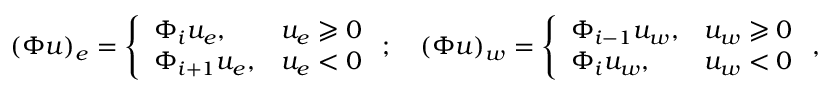
( \Phi u ) _ { e } = \left\{ \begin{array} { l l } { \Phi _ { i } u _ { e } , } & { u _ { e } \geqslant 0 } \\ { \Phi _ { i + 1 } u _ { e } , } & { u _ { e } < 0 } \end{array} \right. ; \quad ( \Phi u ) _ { w } = \left\{ \begin{array} { l l } { \Phi _ { i - 1 } u _ { w } , } & { u _ { w } \geqslant 0 } \\ { \Phi _ { i } u _ { w } , } & { u _ { w } < 0 } \end{array} \right. ,